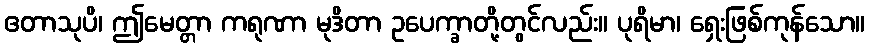
ဧတာသုပိ၊ ဤမေတ္တာ ကရုဏာ မုဒိတာ ဥပေက္ခာတို့တွင်လည်း။ ပုရိမာ၊ ရှေးဖြစ်ကုန်သော။